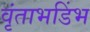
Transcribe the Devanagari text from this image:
वृंताभडिंभ